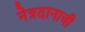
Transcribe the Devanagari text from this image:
नेत्रदानाची